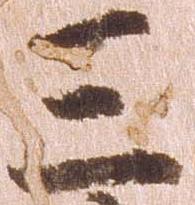
三